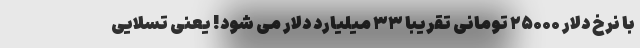
با نرخ دلار ۲۵۰۰۰ تومانی تقریباً ۳۳ میلیارد دلار می شود! یعنی تسلایی